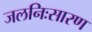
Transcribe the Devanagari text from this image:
जलनिःसारण